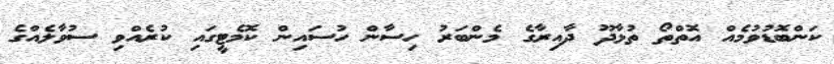
ކަންބޮޑުވުމެއް އޮތްތޯ ތުޅާދޫ ދާއިރާގެ މެންބަރު ހިސާން ހުސައިން ކޮމެޓީގައި ކުރެއްވި ސުވާލެއްގެ